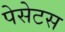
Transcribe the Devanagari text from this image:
पेसेटस